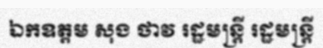
ឯកឧត្តម សុង ថាវ រដ្ឋមន្ត្រី រដ្ឋមន្ត្រី